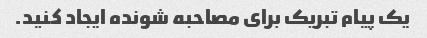
یک پیام تبریک برای مصاحبه شونده ایجاد کنید.